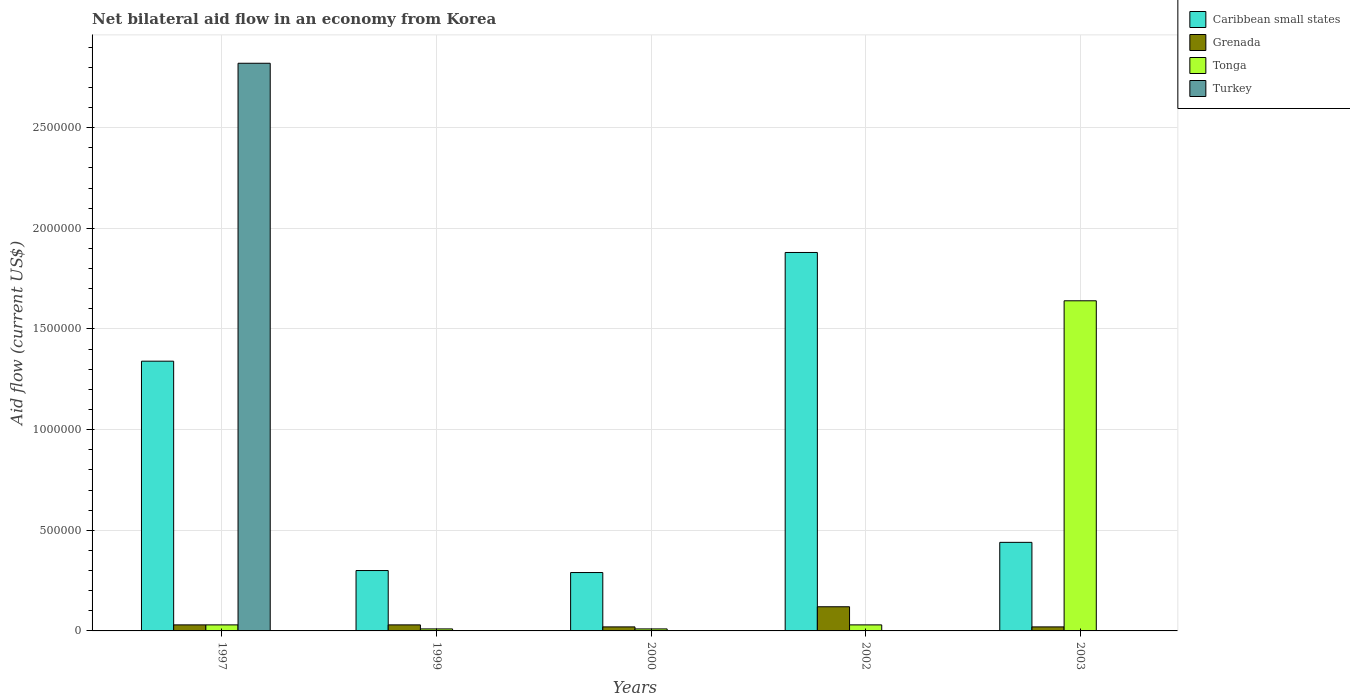
| Years | Caribbean small states | Grenada | Tonga | Turkey |
 | --- | --- | --- | --- | --- |
 | 1997 | 1.34e+06 | 3e+04 | 3e+04 | 2.82e+06 |
 | 1999 | 3e+05 | 3e+04 | 1e+04 | -5.1e+05 |
 | 2000 | 2.9e+05 | 2e+04 | 1e+04 | -6.8e+05 |
 | 2002 | 1.88e+06 | 1.2e+05 | 3e+04 | -5.7e+05 |
 | 2003 | 4.4e+05 | 2e+04 | 1.64e+06 | -4.9e+05 |